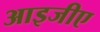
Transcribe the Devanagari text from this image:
आइजीए